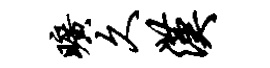
旷久汉